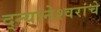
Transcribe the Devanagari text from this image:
द्न्यानेश्वरांचे